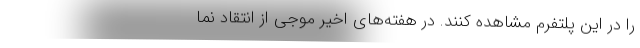
را در این پلتفرم مشاهده کنند. در هفته‌های اخیر موجی از انتقاد نما